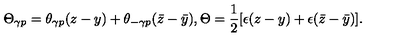
\Theta _ { \gamma p } = \theta _ { \gamma p } ( z - y ) + \theta _ { - \gamma p } ( \bar { z } - \bar { y } ) , \Theta = \frac { 1 } { 2 } [ \epsilon ( z - y ) + \epsilon ( \bar { z } - \bar { y } ) ] .